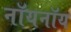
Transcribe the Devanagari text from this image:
नॉयनॉय